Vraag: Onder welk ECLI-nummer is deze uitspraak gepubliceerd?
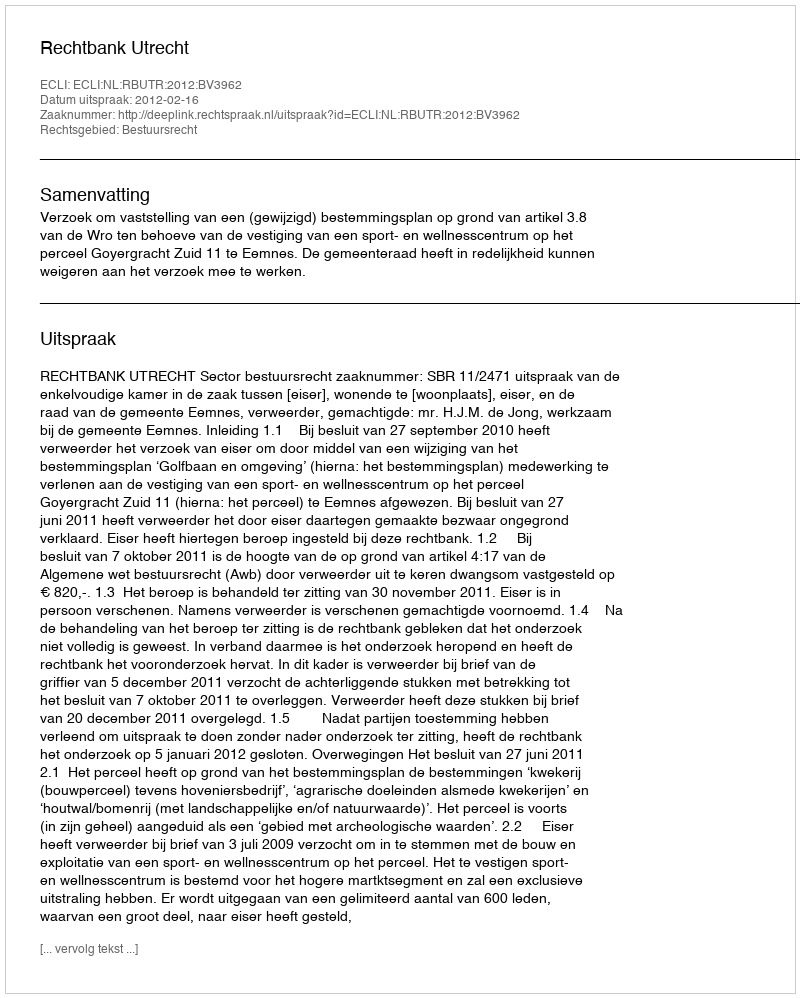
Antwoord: ECLI:NL:RBUTR:2012:BV3962